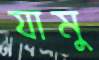
যামু